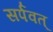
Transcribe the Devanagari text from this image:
सर्पवत्